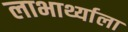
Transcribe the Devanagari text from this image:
लाभार्थ्याला